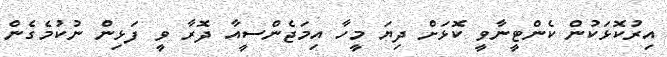
އިރުކޮޅަކުން ކެންޓީނާވީ ކޮޅަށް ދިޔަ މީހާ އިމަޖެންސީއާ ދޮރާ ވީ ފަޅިން ނުކުމެގެން